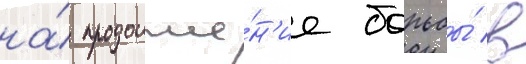
на́ продолже́н'ие борьбы́ в